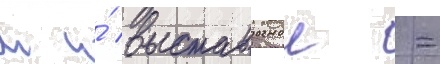
м и́ выставочнои -